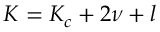
K = K _ { c } + 2 \nu + l